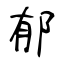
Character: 郁